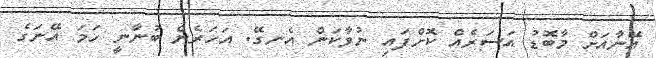
އޭނާއަށް މާބޮޑު އަސަރެއް ކޮށްފައި ނުވާކަން އެނގޭ. އަހަރެން ބުނާނީ ހަމަ އޭނަގެ